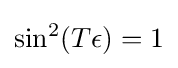
{\textstyle \sin ^{2}(T\epsilon )=1}